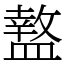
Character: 盩